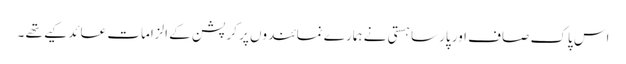
اس پاک صاف اور پارسا ہستی نے ہمارے نمائندوں پر کرپشن کے الزامات عائد کیے تھے ۔